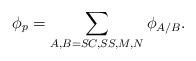
LaTeX: \begin{align*}\phi_{p} = \sum_{A,B=SC,SS,M,N} \phi_{A/B}.\end{align*}